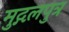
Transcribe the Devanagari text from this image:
मुद्गलपुत्र